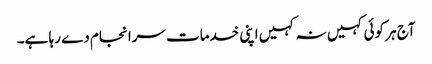
آج ہر کوئی کہیں نہ کہیں اپنی خدمات سرانجام دے رہا ہے۔